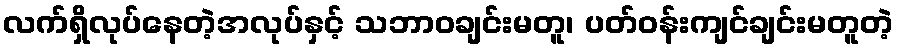
လက်ရှိလုပ်နေတဲ့အလုပ်နှင့် သဘာဝချင်းမတူ၊ ပတ်ဝန်းကျင်ချင်းမတူတဲ့